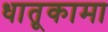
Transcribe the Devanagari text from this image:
धातूकामा